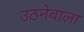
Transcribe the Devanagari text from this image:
उठनेवाला